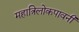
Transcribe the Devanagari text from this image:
महात्रिलोकपावनी